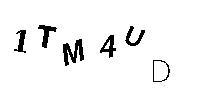
1TM4UD